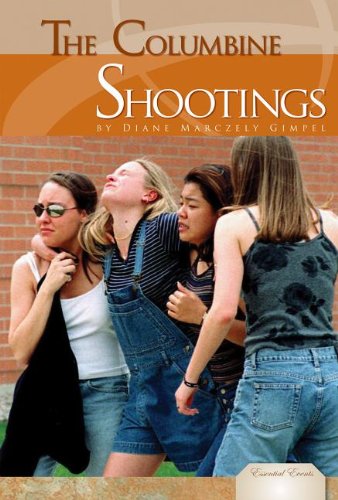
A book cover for Columbine Shootings (Essential Events); Diane Marczely Gimpel; Teen & Young Adult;